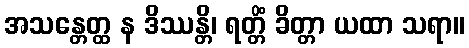
အသန္တေတ္ထ န ဒိဿန္တိ၊ ရတ္တိံ ခိတ္တာ ယထာ သရာ။